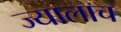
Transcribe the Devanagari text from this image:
ज्यालाच